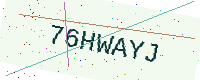
Text: 76HWAYJ